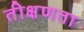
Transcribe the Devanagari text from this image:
तीक्षणता